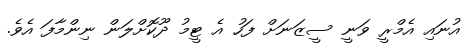
އުނައި އެމްރީ ވަނީ ސީޒަނަށް ފަހު އެ ޓީމު ދޫކޮށްލަން ނިންމާފަ އެވެ.